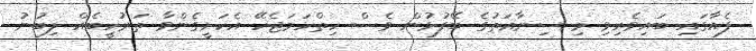
ފެއާގައި ބައިވެރިވި މި ސިނާއަތުގެ ބޭފުޅުން ވެސް ހިތްހަމަޖެހޭ އެކަށީގެންވާ ތަރުހީބެއް ލިބުނު